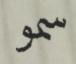
سمو